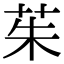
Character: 茱